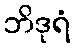
ဘိဒုရံ